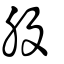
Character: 股